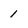
Character: 1